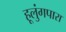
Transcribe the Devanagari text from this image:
हूलुंगपारा